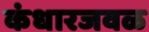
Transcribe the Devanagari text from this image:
कंधारजवळ